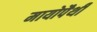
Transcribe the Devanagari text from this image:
मायोपैथी